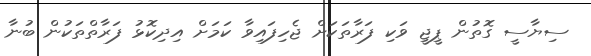
ސިޔާސީ ގޮތުން ޕީޖީ ވަކި ފަރާތަކަށް ޖެހިފައިވާ ކަމަށް އިދިކޮޅު ފަރާތްތަކުން ބުނާ